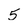
Character: 5